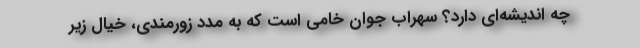
چه اندیشه‌ای دارد؟ سهراب جوان خامی است که به مدد زورمندی، خیالِ زیر